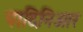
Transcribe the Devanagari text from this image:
पादिनिआर